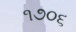
૧૭૦૬